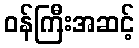
ဝန်ကြီးအဆင့်